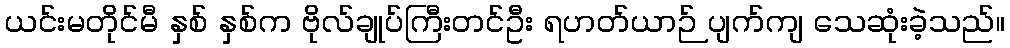
ယင်းမတိုင်မီ နှစ် နှစ်က ဗိုလ်ချုပ်ကြီးတင်ဦး ရဟတ်ယာဉ် ပျက်ကျ သေဆုံးခဲ့သည်။